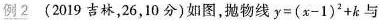
例2 (2019吉林，26，10分)如图，抛物线 $$y = ( x - 1 ) ^ { 2 } + k$$ 与